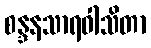
စန္ဒနသာရဝါသိတာ